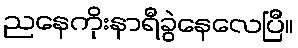
ညနေကိုးနာရီခွဲနေလေပြီ။